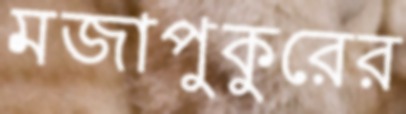
মজাপুকুরের